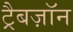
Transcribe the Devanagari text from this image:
ट्रैबज़ॉन